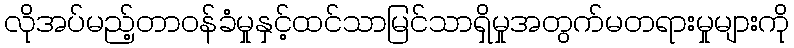
လိုအပ်မည့်တာဝန်ခံမှုနှင့်ထင်သာမြင်သာရှိမှုအတွက်မတရားမှုများကို